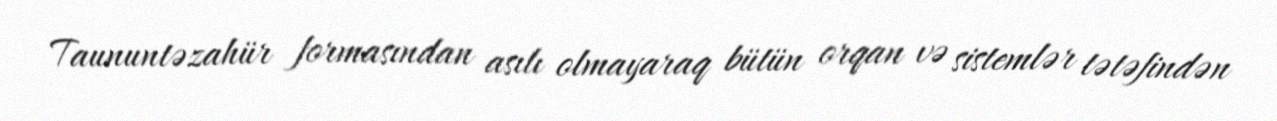
Taununtəzahür formasından asılı olmayaraq bütün orqan və sistemlər tətəfindən